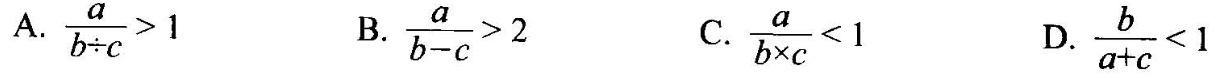
A. $$ \frac{a}{b+c} >1$$ B. $$ \frac{a}{b-c}>2$$ C. $$ \frac{a}{b \times c}<1$$ D. $$ \frac{b}{a+c}<1$$